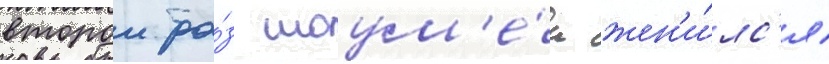
второи ра́з шоум'е́н жен'и́лс'я